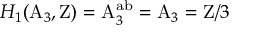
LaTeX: H _ { 1 } ( \mathrm { A } _ { 3 } , \mathrm { Z } ) = \mathrm { A } _ { 3 } ^ { \mathrm { a b } } = \mathrm { A } _ { 3 } = \mathrm { Z } / 3